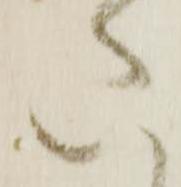
た